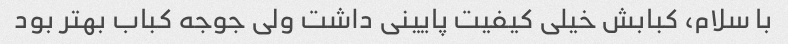
با سلام، کبابش خیلی کیفیت پایینی داشت ولی جوجه کباب بهتر بود